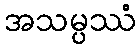
အသမ္ပဿံ